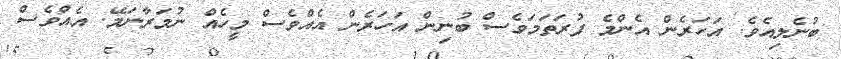
ބުނެލިއެވެ. އަހަރެން އެންމެ ފުރަތަމަވެސް ބުނިން އަހަރެން އެއްވެސް މީހެއް ނުމަރާނަމޭ. އެއްވެސް